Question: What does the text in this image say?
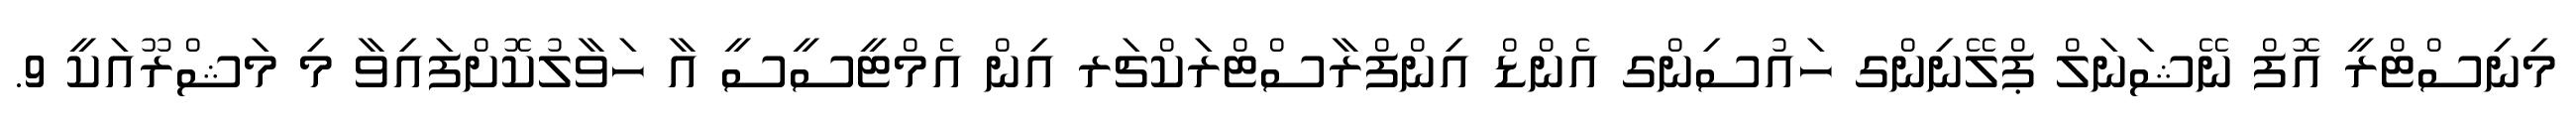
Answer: މިނިސްޓްރީ އޮފް ނޭޝަނަލް ޕްލޭނިންގ ހައުސިންގ އެންޑް އިންފްރާސްޓްރަކްޗަރ އިން އެމްޓީސީސީ އާ ހަވާލުކޮށްފައިވާ މި މަޝްރޫއަކީ 9.